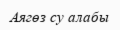
Аягөз су алабы